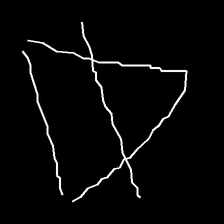
Glyph: empower